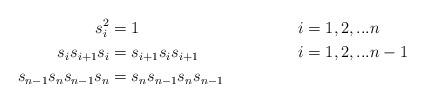
LaTeX: \begin{align*}s_{i}^{2} &= 1 & & i=1,2,...n\\s_{i}s_{i+1}s_{i} &=s_{i+1}s_{i}s_{i+1} & & i=1,2,...n-1\\s_{n-1}s_{n}s_{n-1}s_{n} &= s_{n}s_{n-1}s_{n}s_{n-1}\end{align*}